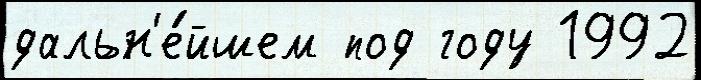
дальн'е́йшем под году 1992